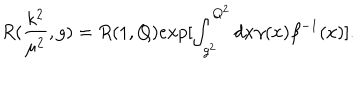
R ( \frac { k ^ { 2 } } { { \mu } ^ { 2 } } , g ) = R ( 1 , Q ) e x p [ \int _ { g ^ { 2 } } ^ { Q ^ { 2 } } d x \gamma ( x ) { \beta } ^ { - 1 } ( x ) ] .